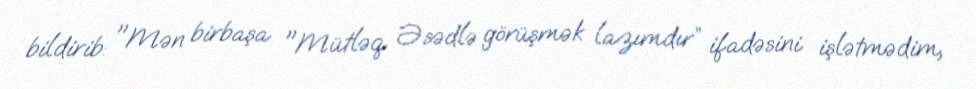
bildirib: "Mən birbaşa "Mütləq Əsədlə görüşmək lazımdır” ifadəsini işlətmədim,